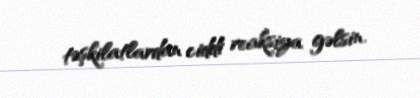
təşkilatlardan ciddi reaksiya gəlsin.